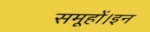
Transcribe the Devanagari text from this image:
समूहों।इन